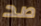
صد